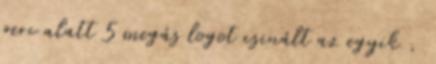
perc alatt 5 megás logot csinált az egyik ,